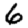
Digit: 6